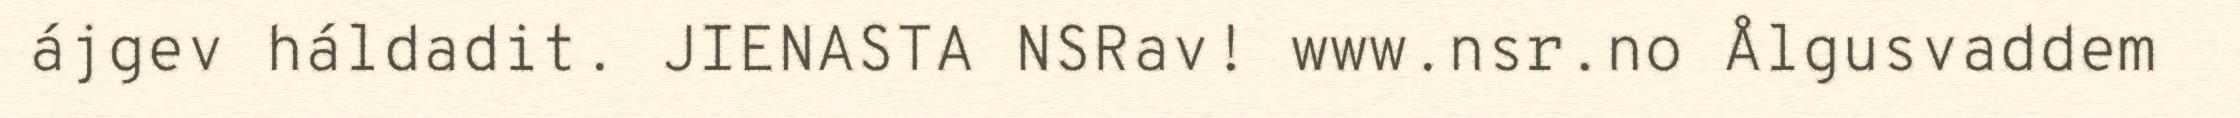
ájgev háldadit. JIENASTA NSRav! www.nsr.no Ålgusvaddem